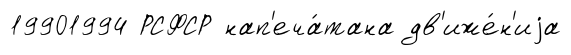
19901994 РСФСР нап'еча́тана дв'иже́н'иjа